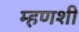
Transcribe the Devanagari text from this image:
म्हणशी